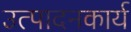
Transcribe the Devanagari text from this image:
उत्पादनकार्य